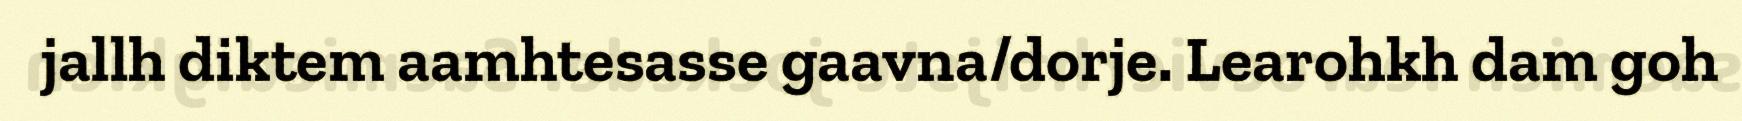
jallh diktem aamhtesasse gaavna/dorje. Learohkh dam goh